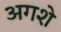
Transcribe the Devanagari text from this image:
अगशे